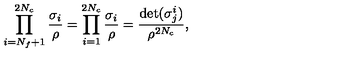
\prod _ { i = N _ { f } + 1 } ^ { 2 N _ { c } } \frac { \sigma _ { i } } { \rho } = \prod _ { i = 1 } ^ { 2 N _ { c } } \frac { \sigma _ { i } } { \rho } = \frac { \det ( \sigma _ { j } ^ { i } ) } { \rho ^ { 2 N _ { c } } } ,